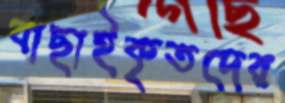
বাছাইকৃতদের